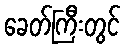
ခေတ်ကြီးတွင်